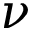
\nu